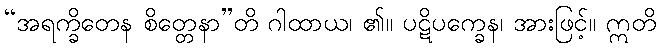
“အရက္ခိတေန စိတ္တေနာ”တိ ဂါထာယ၊ ၏။ ပဋိပက္ခေန၊ အားဖြင့်။ ဣတိ